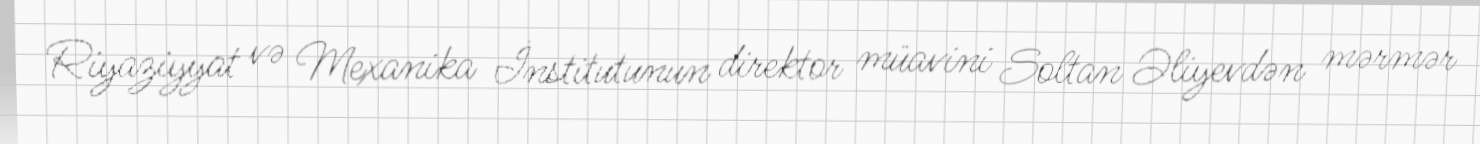
Riyaziyyat və Mexanika İnstitutunun direktor müavini Soltan Əliyevdən mərmər